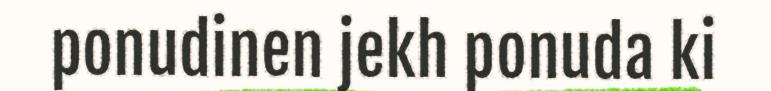
ponudinen jekh ponuda ki